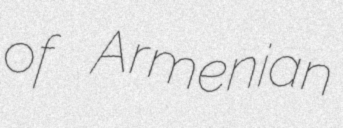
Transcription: of Armenian